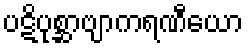
ပဋိပုစ္ဆာဗျာကရဏီယော